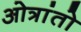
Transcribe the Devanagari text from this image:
ओत्रांतो